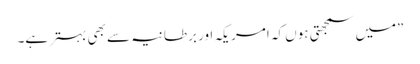
”میں سمجھتی ہوں کہ امریکہ اور برطانیہ سے بھی بہتر ہے۔